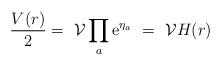
LaTeX: \begin{align*}\frac{V(r)}{2} =\ \mathcal{V}\prod_a \mbox{e}^{\eta_a}\ =\ \mathcal{V}H(r)\end{align*}